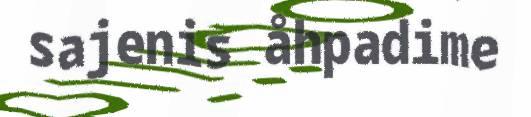
sajenis åhpadime